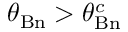
\theta _ { \mathrm { B n } } > \theta _ { \mathrm { B n } } ^ { c }